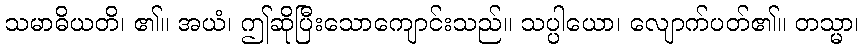
သမာဓိယတိ၊ ၏။ အယံ၊ ဤဆိုပြီးသောကျောင်းသည်။ သပ္ပါယော၊ လျောက်ပတ်၏။ တသ္မာ၊